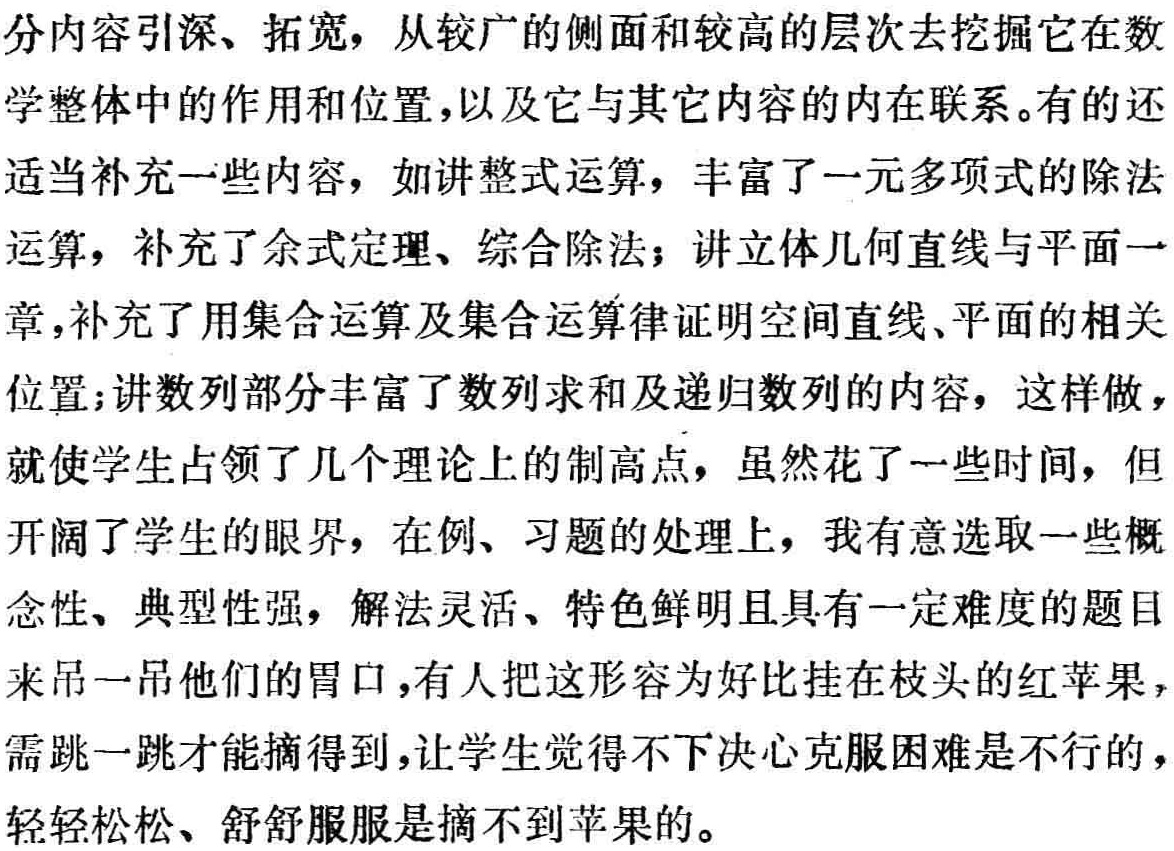
分内容引深、拓宽，从较广的侧面和较高的层次去挖掘它在数
学整体中的作用和位置，以及它与其它内容的内在联系。有的还
适当补充一些内容，如讲整式运算，丰富了一元多项式的除法
运算，补充了余式定理、综合除法；讲立体几何直线与平面一
章，补充了用集合运算及集合运算律证明空间直线、平面的相关
位置；讲数列部分丰富了数列求和及递归数列的内容，这样做，
就使学生占领了几个理论上的制高点，虽然花了一些时间，但
开阔了学生的眼界，在例、习题的处理上，我有意选取一些概
念性、典型性强，解法灵活、特色鲜明且具有一定难度的题目
来吊一吊他们的胃口，有人把这形容为好比挂在枝头的红苹果，
需跳一跳才能摘得到，让学生觉得不下决心克服困难是不行的，
轻轻松松、舒舒服服是摘不到苹果的。